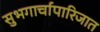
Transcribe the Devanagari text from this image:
सुभगार्चापारिजात